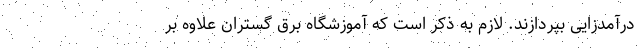
درآمدزایی بپردازند. لازم به ذکر است که آموزشگاه برق گستران علاوه بر